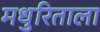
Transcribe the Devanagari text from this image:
मधुरिताला